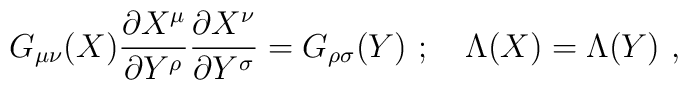
G_{\mu\nu}(X)\frac{\partial X^\mu}{\partial Y^\rho}\frac{\partial X^\nu}{\partial Y^\sigma}=G_{\rho\sigma}(Y)\ ;\quad\Lambda(X)=\Lambda(Y) \ ,